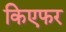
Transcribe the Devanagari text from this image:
किएफर